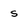
Character: s